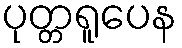
ပုတ္တရူပေန